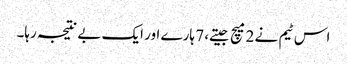
اس ٹیم نے 2 میچ جیتے، 7 ہارے اور ایک بے نتیجہ رہا۔